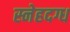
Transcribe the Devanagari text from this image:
स्नेहदग्ध